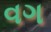
વગ